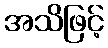
အသိဖြင့်